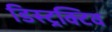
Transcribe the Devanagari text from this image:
डिस्ट्रक्टिव